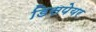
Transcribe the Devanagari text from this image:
डिसपेयर